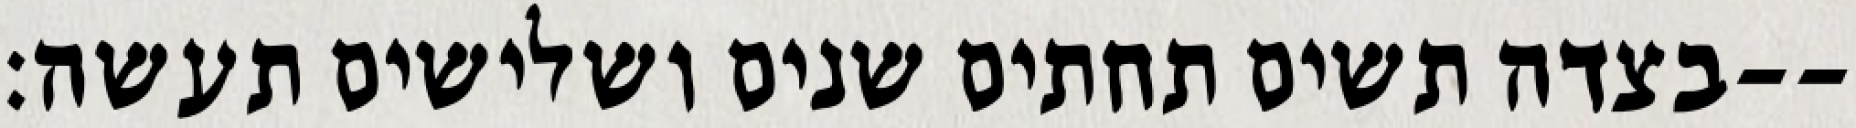
בצדה תשים תחתים שנים ושלישים תעשה׃--